Indian Medical Review
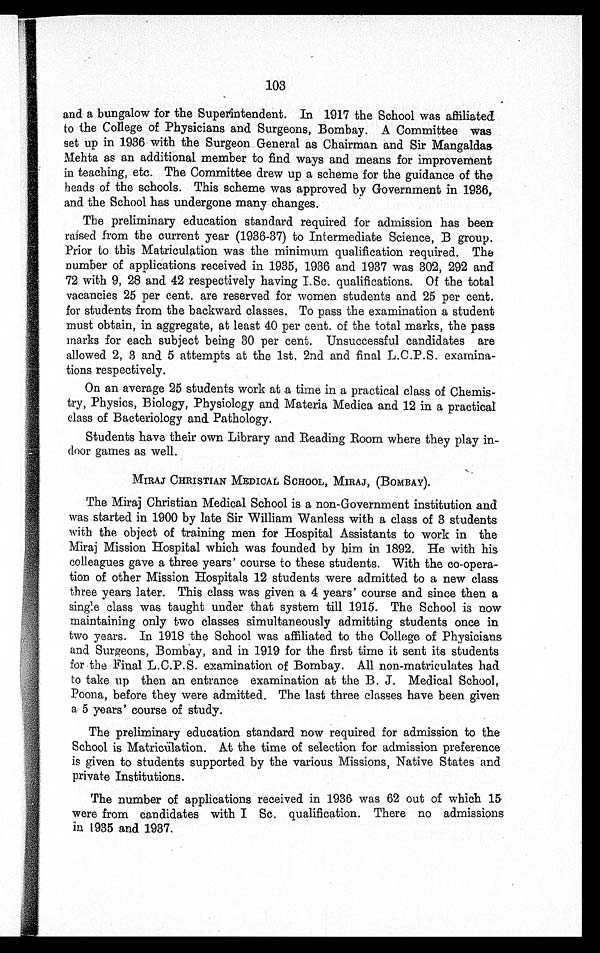
103
and a bungalow for the Superintendent. In 1917 the School was affiliated
to the College of Physicians and Surgeons, Bombay. A Committee was
set up in 1936 with the Surgeon General as Chairman and Sir Mangaldas
Mehta as an additional member to find ways and means for improvement
in teaching, etc. The Committee drew up a scheme for the guidance of the
heads of the schools. This scheme was approved by Government in 1936,
and the School has undergone many changes.
The preliminary education standard required for admission has been
raised from the current year (1936-37) to Intermediate Science, B group.
Prior to this Matriculation was the minimum qualification required. The
number of applications received in 1935, 1936 and 1937 was 302, 292 and
72 with 9, 28 and 42 respectively having I.Sc. qualifications. Of the total
vacancies 25 per cent. are reserved for women students and 25 per cent.
for students from the backward classes. To pass the examination a student
must obtain, in aggregate, at least 40 per cent. of the total marks, the pass
marks for each subject being 30 per cent. Unsuccessful candidates are
allowed 2, 3 and 5 attempts at the 1st, 2nd and final L.C.P.S. examina
-tions respectively.
On an average 25 students work at a time in a practical class of Chemis
-try, Physics, Biology, Physiology and Materia Medica and 12 in a practical
class of Bacteriology and Pathology.
Students have their own Library and Reading Room where they play in
-door games as well.
MIRAJ CHRISTIAN MEDICAL SCHOOL, MIRAJ, (BOMBAY).
The Miraj Christian Medical School is a non-Government institution and
was started in 1900 by late Sir William Wanless with a class of 3 students
with the object of training men for Hospital Assistants to work in the
Miraj Mission Hospital which was founded by him in 1892. He with his
colleagues gave a three years' course to these students. With the co-opera-
tion of other Mission Hospitals 12 students were admitted to a new class
three years later. This class was given a 4 years' course and since then a
single class was taught under that system till 1915. The School is now
maintaining only two classes simultaneously admitting students once in
two years. In 1918 the School was affiliated to the College of Physicians
and Surgeons, Bombay, and in 1919 for the first time it sent its students
for the Final L.C.P. S. examination of Bombay. All non-matriculates had
to take up then an entrance examination at the B. J. Medical School,
Poona, before they were admitted. The last three classes have been given
a 5 years' course of study.
The preliminary education standard now required for admission to the
School is Matricülation. At the time of selection for admission preference
is given to students supported by the various Missions, Native States and
private Institutions.
The number of applications received in 1936 was 62 out of which 15
were from candidates with I Sc. qualification. There no admissions
in 1935 and 1937.